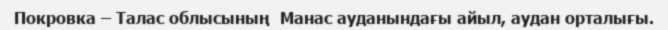
Покровка – Талас облысының  Манас ауданындағы айыл, аудан орталығы.